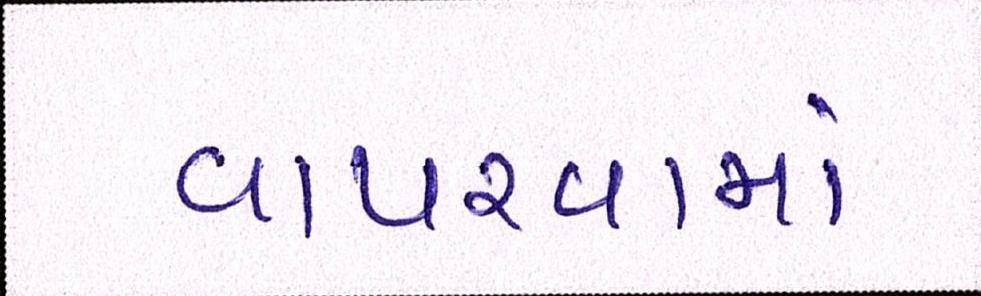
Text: વાપરવામાં